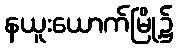
နယူးယောက်မြို့၌